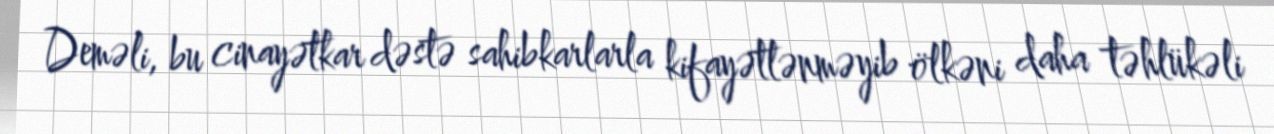
Deməli, bu cinayətkar dəstə sahibkarlarla kifayətlənməyib ölkəni daha təhlükəli